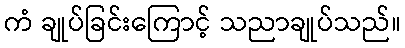
ကံ ချုပ်ခြင်းကြောင့် သညာချုပ်သည်။